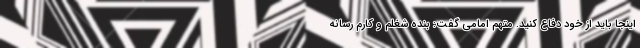
اینجا باید از خود دفاع کنید. متهم امامی گفت: بنده شغلم و کارم رسانه